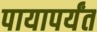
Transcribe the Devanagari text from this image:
पायापर्यंत